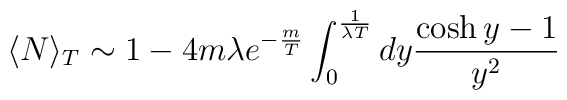
\langle N \rangle _{T} \sim 1 - 4 m \lambda e^{-\frac{m}{T}} \int_{0}^{\frac{1}{\lambda T}}dy \frac{\cosh y -1}{y^{2}}